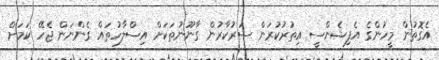
އެގޮތުން މީހުންގެ އެފިޝެންސީ އިތުރުކުރަން ސަރުކާރުން ގާނޫނުތަކަށް އިސްލާހުތައް ގެންނަން ޖެހޭ ކަމަށް